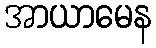
အာယာမေန